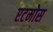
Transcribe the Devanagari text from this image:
एटमोस